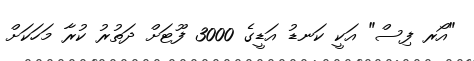
"އޯރ ފިސް" އަކީ ކަނޑު އަޑީގެ 3000 ފޫޓަށް ދަތުރު ކުރާ މަހަކަށް